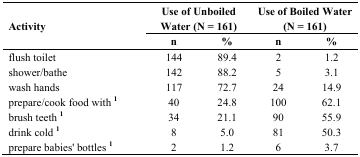
| <ROWSPAN=2> Activity | <COLSPAN=2> Use of Unboiled Water (N = 161) | <COLSPAN=2> Use of Boiled Water (N = 161) |
 | n | % | n | % |
 | --- | --- | --- | --- | --- |
 | flush toilet | 144 | 89.4 | 2 | 1.2 |
 | shower/bathe | 142 | 88.2 | 5 | 3.1 |
 | wash hands | 117 | 72.7 | 24 | 14.9 |
 | prepare/cook food with 1 | 40 | 24.8 | 100 | 62.1 |
 | brush teeth 1 | 34 | 21.1 | 90 | 55.9 |
 | drink cold 1 | 8 | 5.0 | 81 | 50.3 |
 | prepare babies' bottles 1 | 2 | 1.2 | 6 | 3.7 |